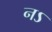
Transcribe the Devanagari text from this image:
नऽ